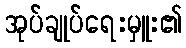
အုပ်ချုပ်ရေးမှူး၏